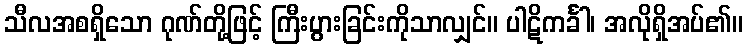
သီလအစရှိသော ဂုဏ်တို့ဖြင့် ကြီးပွားခြင်းကိုသာလျှင်။ ပါဋိကင်္ခါ၊ အလိုရှိအပ်၏။